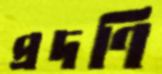
প্রদণি